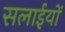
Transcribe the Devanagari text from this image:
सलाईयों